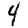
Digit: 4